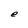
Character: e